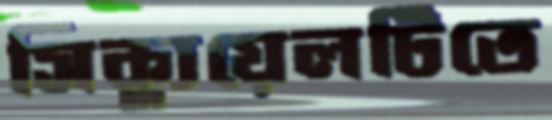
সিক্যুয়েলটিতে